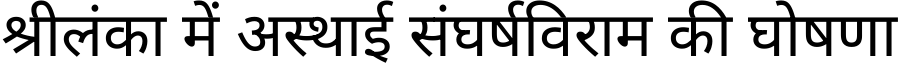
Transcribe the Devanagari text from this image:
श्रीलंका में अस्थाई संघर्षविराम की घोषणा